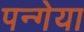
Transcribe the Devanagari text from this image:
पन्गेया